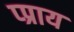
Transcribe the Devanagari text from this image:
प्प्राय